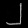
Digit: ၂